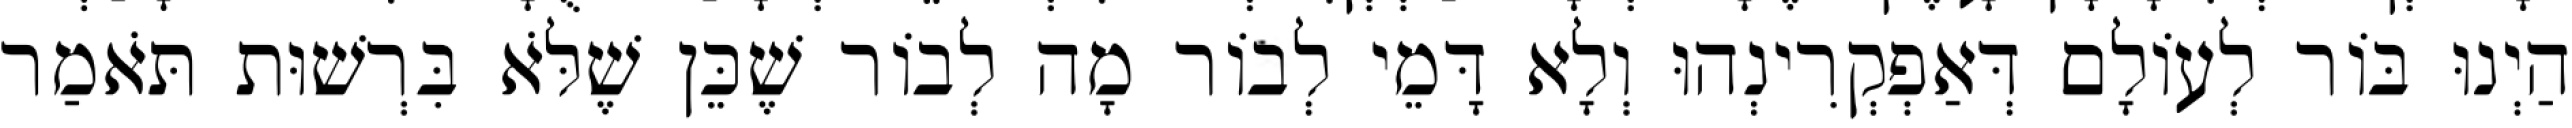
הַיְנוּ בּוֹר לְעוֹלָם דְּאַפְקְרִינְהוּ וְלָא דָּמֵי לְבוֹר מָה לְבוֹר שֶׁכֵּן שֶׁלֹּא בִּרְשׁוּת תֹּאמַר